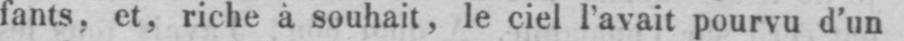
fants, et, riche à souhait, le ciel l’avait pourvu d’un